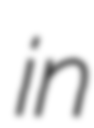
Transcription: in